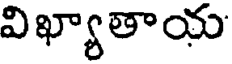
విఖ్యాతాయ